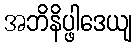
အဘိနိပ္ဖါဒေယျ